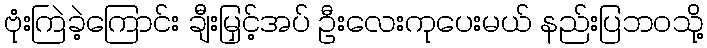
ဗုံးကြဲခဲ့ကြောင်း ချီးမြှင့်အပ် ဦးလေးကုပေးမယ် နည်းပြဘဝသို့